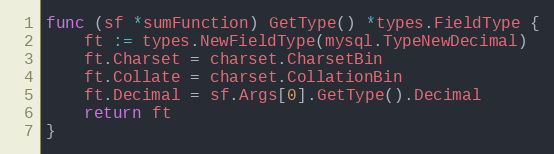
Language: Go
func (sf *sumFunction) GetType() *types.FieldType {
	ft := types.NewFieldType(mysql.TypeNewDecimal)
	ft.Charset = charset.CharsetBin
	ft.Collate = charset.CollationBin
	ft.Decimal = sf.Args[0].GetType().Decimal
	return ft
}